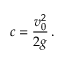
c = \frac { v _ { 0 } ^ { 2 } } { 2 g } \, .